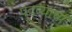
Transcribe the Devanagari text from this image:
पदव्यांचा